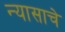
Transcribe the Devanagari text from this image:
न्यासाचे